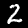
Digit: 2